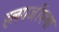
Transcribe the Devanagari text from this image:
हलगर्जीपणा